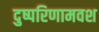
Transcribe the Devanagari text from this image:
दुष्परिणामवश